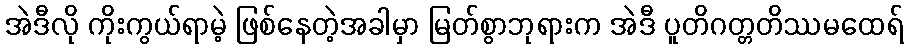
အဲဒီလို ကိုးကွယ်ရာမဲ့ ဖြစ်နေတဲ့အခါမှာ မြတ်စွာဘုရားက အဲဒီ ပူတိဂတ္တတိဿမထေရ်